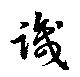
識